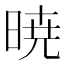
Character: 暁